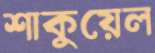
শাকুয়েল